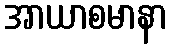
အာယာစမာနာ